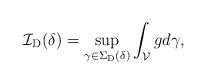
LaTeX: \begin{align*}\mathcal{I}_{\mathrm{D}} (\delta) = \sup_{\gamma \in \Sigma_{\mathrm{D} }(\delta)} \int_{\mathcal{V}} g d \gamma,\end{align*}